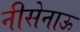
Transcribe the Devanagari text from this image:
नीसेनाऊ